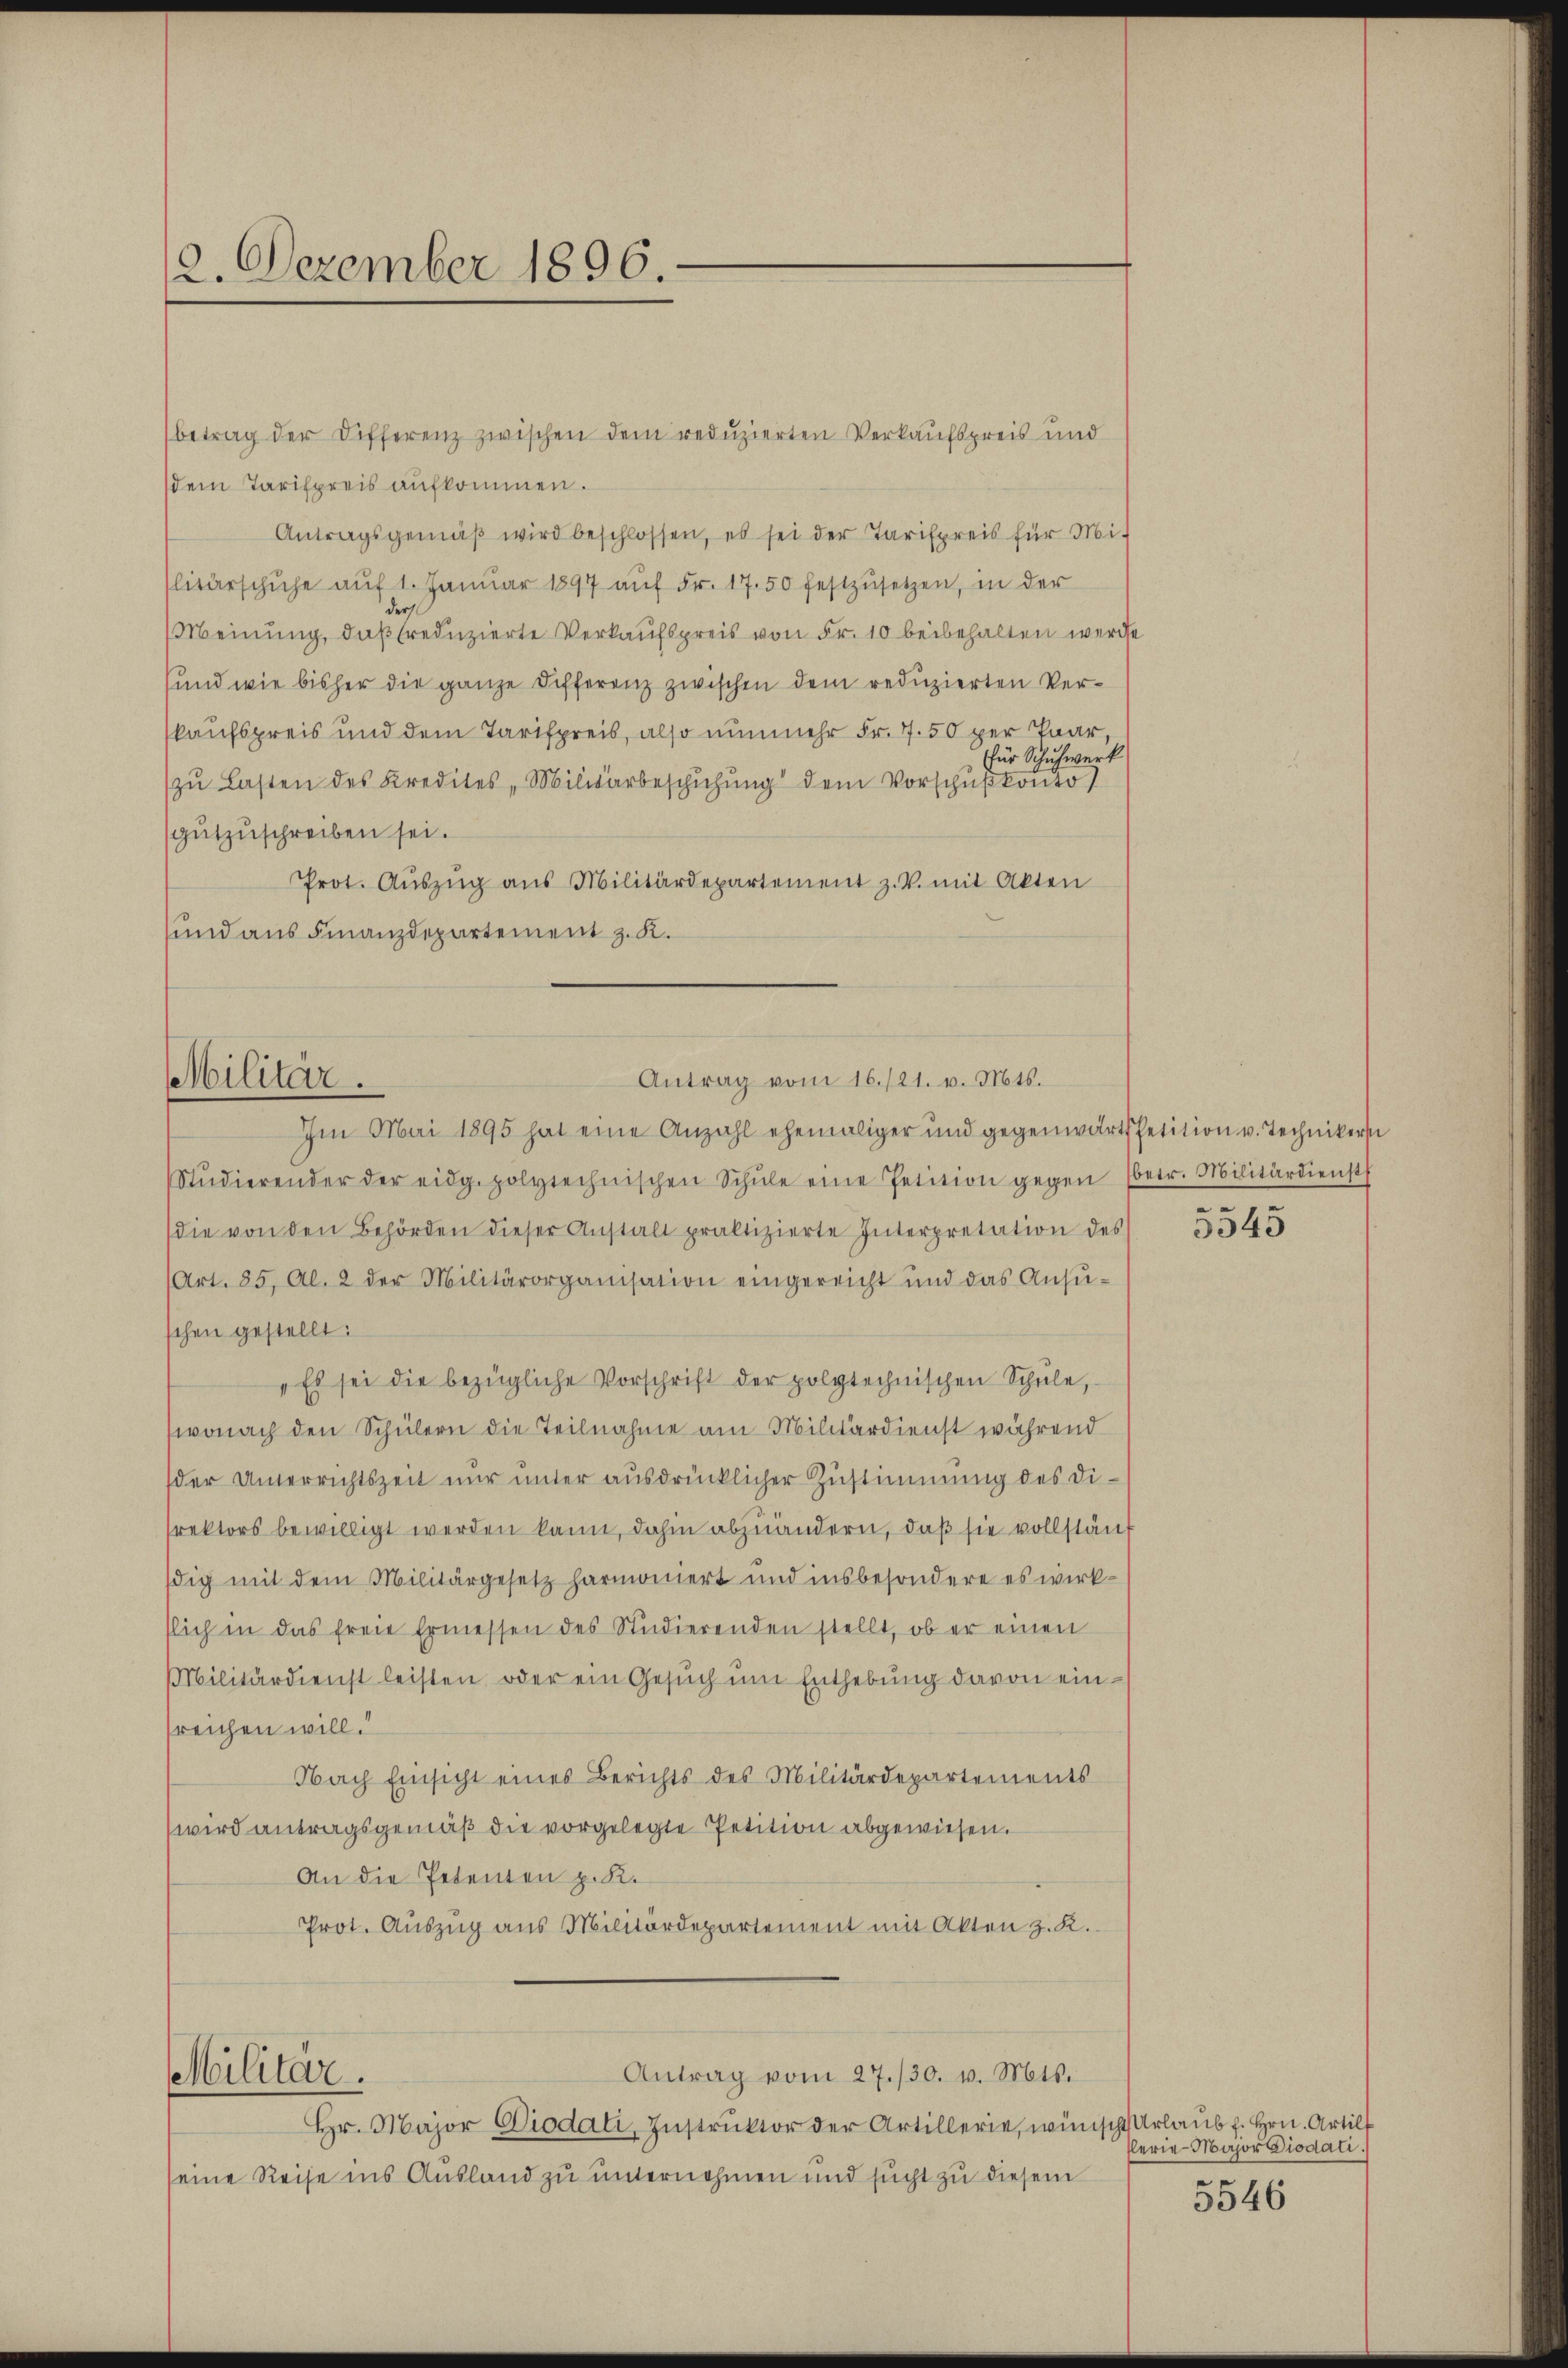
12. Dezember 1896.

dem Tarifpreis aufkommen.
Antragsgemäβ wird beschlossen, es sei der Tarifpreis für Mit
litärschuhe auf 1. Januar 1897 aŭf Fr. 17. 50 festzusetzen, in der
Meinung, daß reduzierte Verkaufspreis von Fr. 10 beibehalten werde
und wie bisher die ganze Differenz zwischen dem reduzierten Verkaufspreis und dem Tarifpreis, also nunmehr Fr. 7. 50 per Paar,
für Schuhwerk
zŭ Lasten des Kredites Militarbeschŭchŭng dem Vorschŭβkonto
gŭtzuschreiben sei.
Prot. Aŭszŭg aŭs Militärdepartement z. V. mit Akten
sund aus Finanzdepartement z. K.

Militär.

Militär.

betrag der Differenz zwischen dem reduzierten Verkaufspreis und

Im Mai 1895 hat eine Anzahl ehemaliger und gegenwärts petition v. Technikern
Stŭdierender der eidg. polytechnischen Schŭle eine Petition gegen (betr. Militärdienst
die von den Behörden dieser Anstalt praktizierte Interpretation des
Art. 85, Al. 2 der Militärorganisation eingereicht und das Ansŭ-
schen gestellt:
„Es sei die bezügliche Vorschrift der polytechnischen Schŭle,
wonach den Schülern die Teilnahme am Militärdienst während
der Unterrichtszeit nur unter ausdrücklicher Zustimmung des Direktors bewilligt werden kann, dahin abzuändern, daß sie vollständig mit dem Militärgesetz harmoniert und insbesondere es wirkslich in das freie Ermessen des Studierenden stellt, ob er einen
Militärdienst leisten, oder ein Gesuch um Enthebung davon einsreichen will.
Nach Einsicht eines Berichts des Militärdepartements
wird antragsgemäß die vorgelegte Petition abgewiesen.
An die Petenten p. K.
Prot. Auszug aus Militärdepartement mit Akten z. K.

Antrag vom 16./21. v. Mts.

Antrag vom 27./30. v. Mts.

Hr. Major Piodati, Instrŭktor der Artillerie, wünsch Urlaubt. Hrn. Artilf
seine Reise ins Ausland zu unternehmen und sucht zu diesem

e

5545

flerie-Major Diodati
t

5546